V__Kingissepa_nim__kolhoos, lk 26
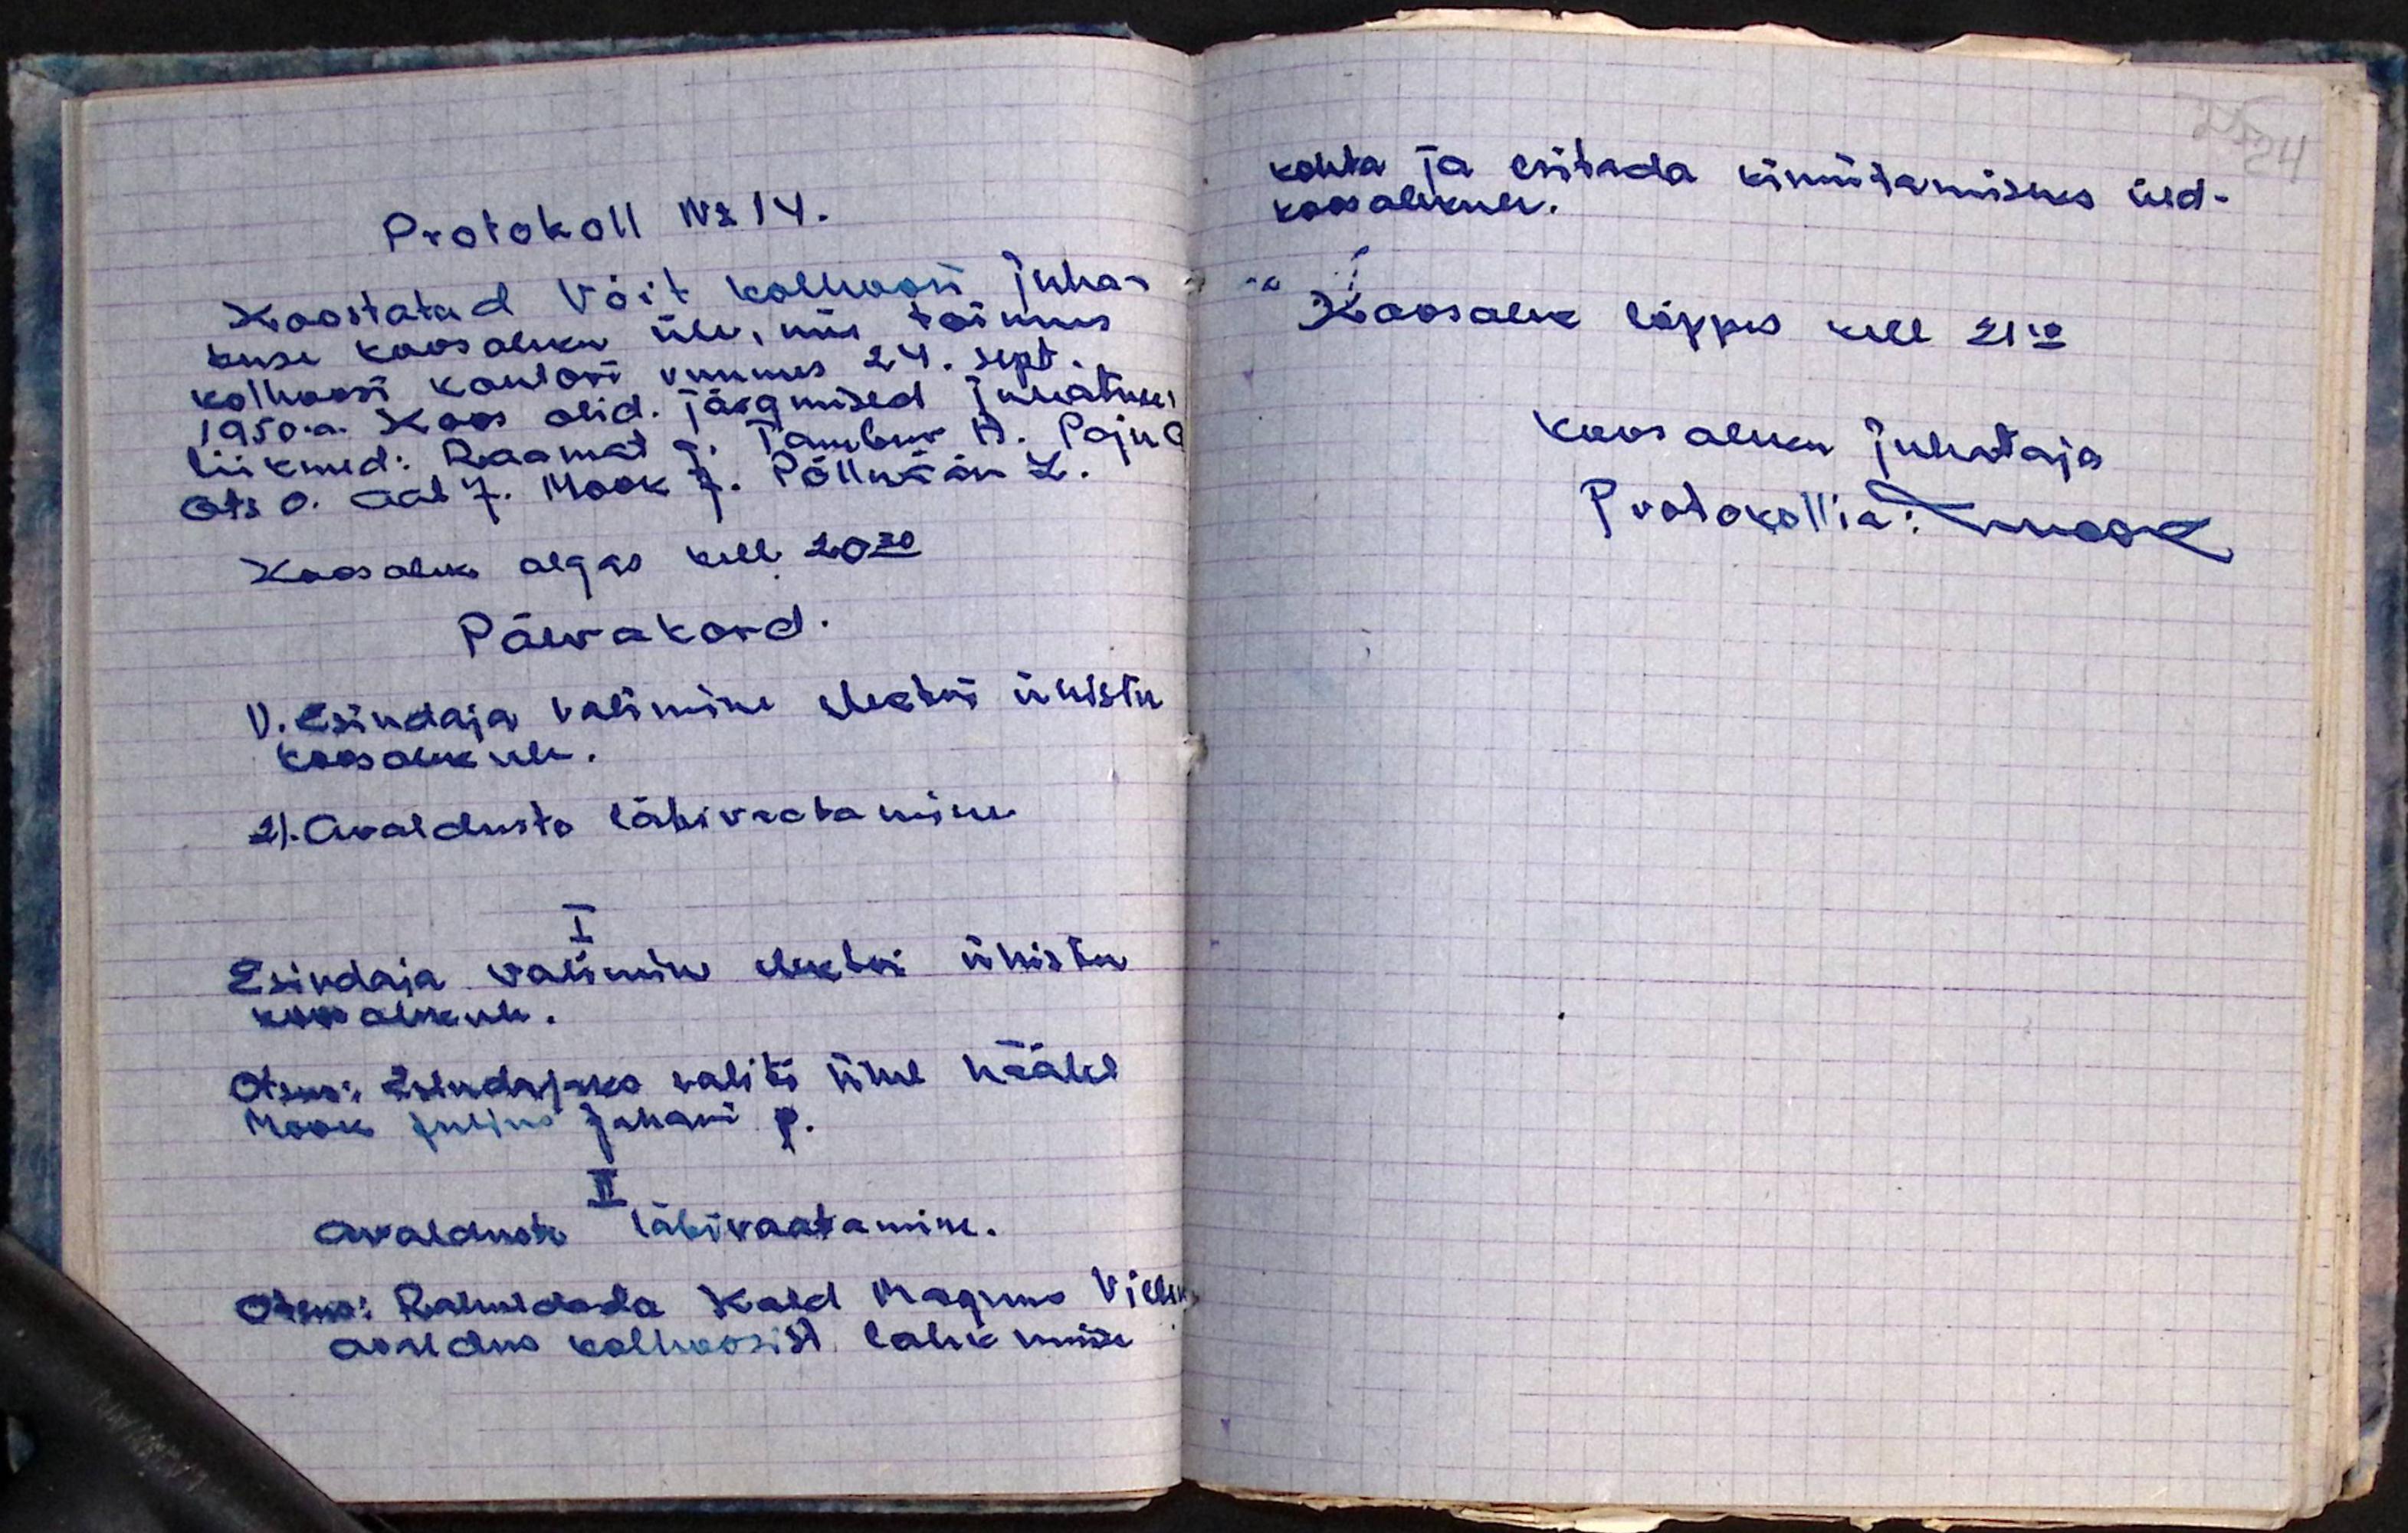
Protokoll No 14.
Koostatud Võit kolhoosi juha-
tuse koosoleku üle, mis toimus
kolhoosi kontori ruumes 24. sept.
1950.a. Koos olid. järgmised juhatuse
liikmed: Raamat G. Tambur A. Paju A
Ots. O. Aab J. Mook J. Põlluäär L.
Koosolek algas kell 20.30
Päevakord.
1). Esindaja valimine elektri ühistu
koosolekule.
2). Avalduste läbivaatamine
I
Esindaja valimine elektri ühistu
koosolekule.
Otsus: Esindajaks valiti ühel häälel
Mook Julius Juhani p.
II
Avalduste läbivaatamine.
Otsus: Rahuldada Kald Magnus Villiem
avaldus kolhoosist lahkumise

kohta ja esitada kinnitamiseks üld-
koosolekule.
Koosolek lõppes kell 21.10
Koosoleku juhataja
Protokollia: ningik